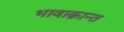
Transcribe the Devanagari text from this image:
भावाक्रान्त